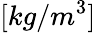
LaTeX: [kg/m^{3}]